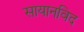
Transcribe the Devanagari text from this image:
सायानविद